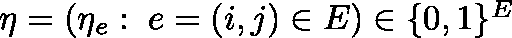
\begin{array} { r } { \mathbf { \eta } = \left( \eta _ { e } : \; e = \left( i , j \right) \in E \right) \in \{ 0 , 1 \} ^ { E } } \end{array}